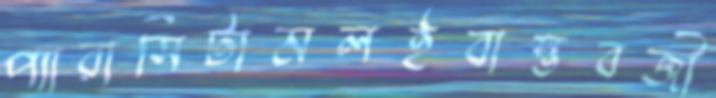
প্যারাসিটামলইবাস্তবজী